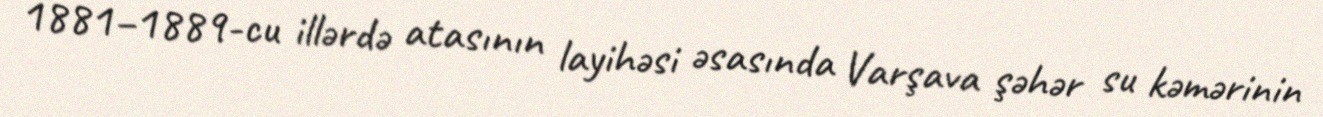
1881–1889-cu illərdə atasının layihəsi əsasında Varşava şəhər su kəmərinin